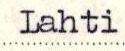
Lahti